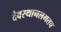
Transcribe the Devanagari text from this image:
देवस्थानलगतच